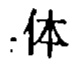
体